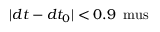
| d t - d t _ { 0 } | < 0 . 9 \, \mathrm { \ m u s }